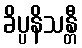
ခိပ္ပနိသန္တီ